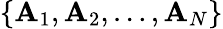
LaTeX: \lbrace\mathbf{A}_{1},\mathbf{A}_{2},\ldots,\mathbf{A}_{N}\rbrace